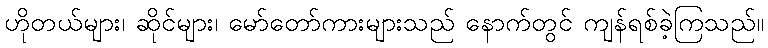
ဟိုတယ်များ၊ ဆိုင်များ၊ မော်တော်ကားများသည် နောက်တွင် ကျန်ရစ်ခဲ့ကြသည်။